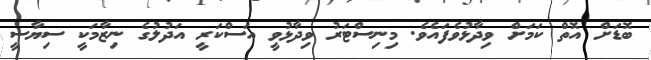
ބޮޑަށް އޮތް ކަމަށް ވިދާޅުވެފައެވެ. މިނިސްޓަރު ވިދާޅުވީ އަސްކަރީ އަދުލުގެ ނިޒާމަކީ ސިޔާސީ